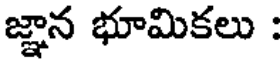
జ్ఞాన భూమికలు :